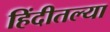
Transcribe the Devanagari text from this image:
हिंदीतल्या